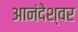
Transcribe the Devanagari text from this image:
आनंदेश्वर